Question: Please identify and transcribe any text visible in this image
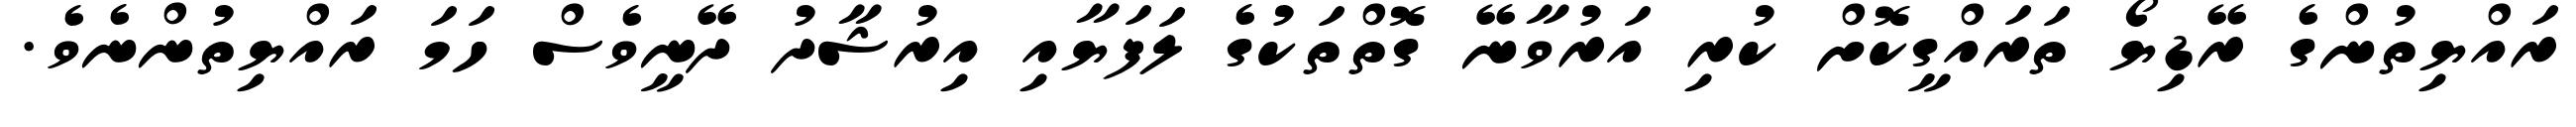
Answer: ރައްޔިތުންގެ ރޭޑިޔޯ ތަރައްގީކޮށް ކުރި އަރުވާނޭ ގޮތްތަކުގެ ލަފަޔާއި އިރުޝާދު ދޭނީވެސް ހަމަ ރައްޔިތުންނެވެ.